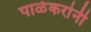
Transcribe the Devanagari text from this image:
पाळेकरांनी